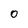
Character: 0